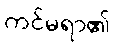
ကင်မရာ၏